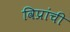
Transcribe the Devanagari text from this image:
विप्रांची